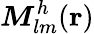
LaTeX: \boldsymbol{M}_{lm}^{h}({\mathbf r})